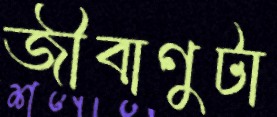
জীবাণুটা